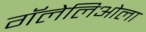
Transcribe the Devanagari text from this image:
गॅलेलिओला